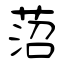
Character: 菬